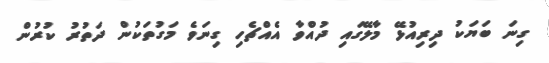
ގިނަ ބަޔަކު ދިރިއުޅޭ މާލޭގައި ދުއްވާ އެއްޗެހި ގިނަވެ މަގުތަކުން ދަތުރު ކުރުން